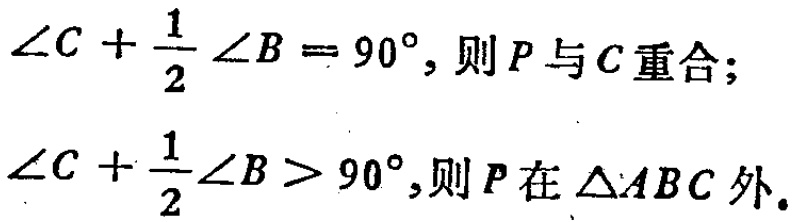
\(\angle C + \frac{1}{2} \angle B = 90^{\circ}, 则P与C重合；\)

\(\angle C + \frac{1}{2} \angle B > 90^{\circ},则P在\triangle ABC外。\)